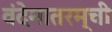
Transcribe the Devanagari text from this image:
वंदेमातरम्‌ची